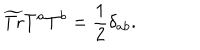
\widetilde { \mathrm { T r } } T ^ { a } T ^ { b } = \frac { 1 } { 2 } \delta _ { a b } .